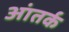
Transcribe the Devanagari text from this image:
आंतर्क